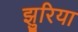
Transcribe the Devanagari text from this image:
झुरिया